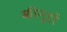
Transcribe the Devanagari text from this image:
कीन्हों